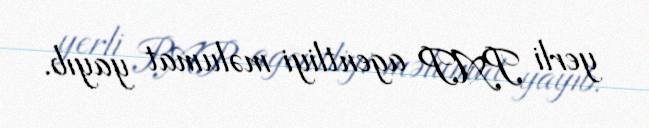
yerli PAP agentliyi məlumat yayıb.